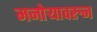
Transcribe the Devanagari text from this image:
मनोऱ्यावरुन